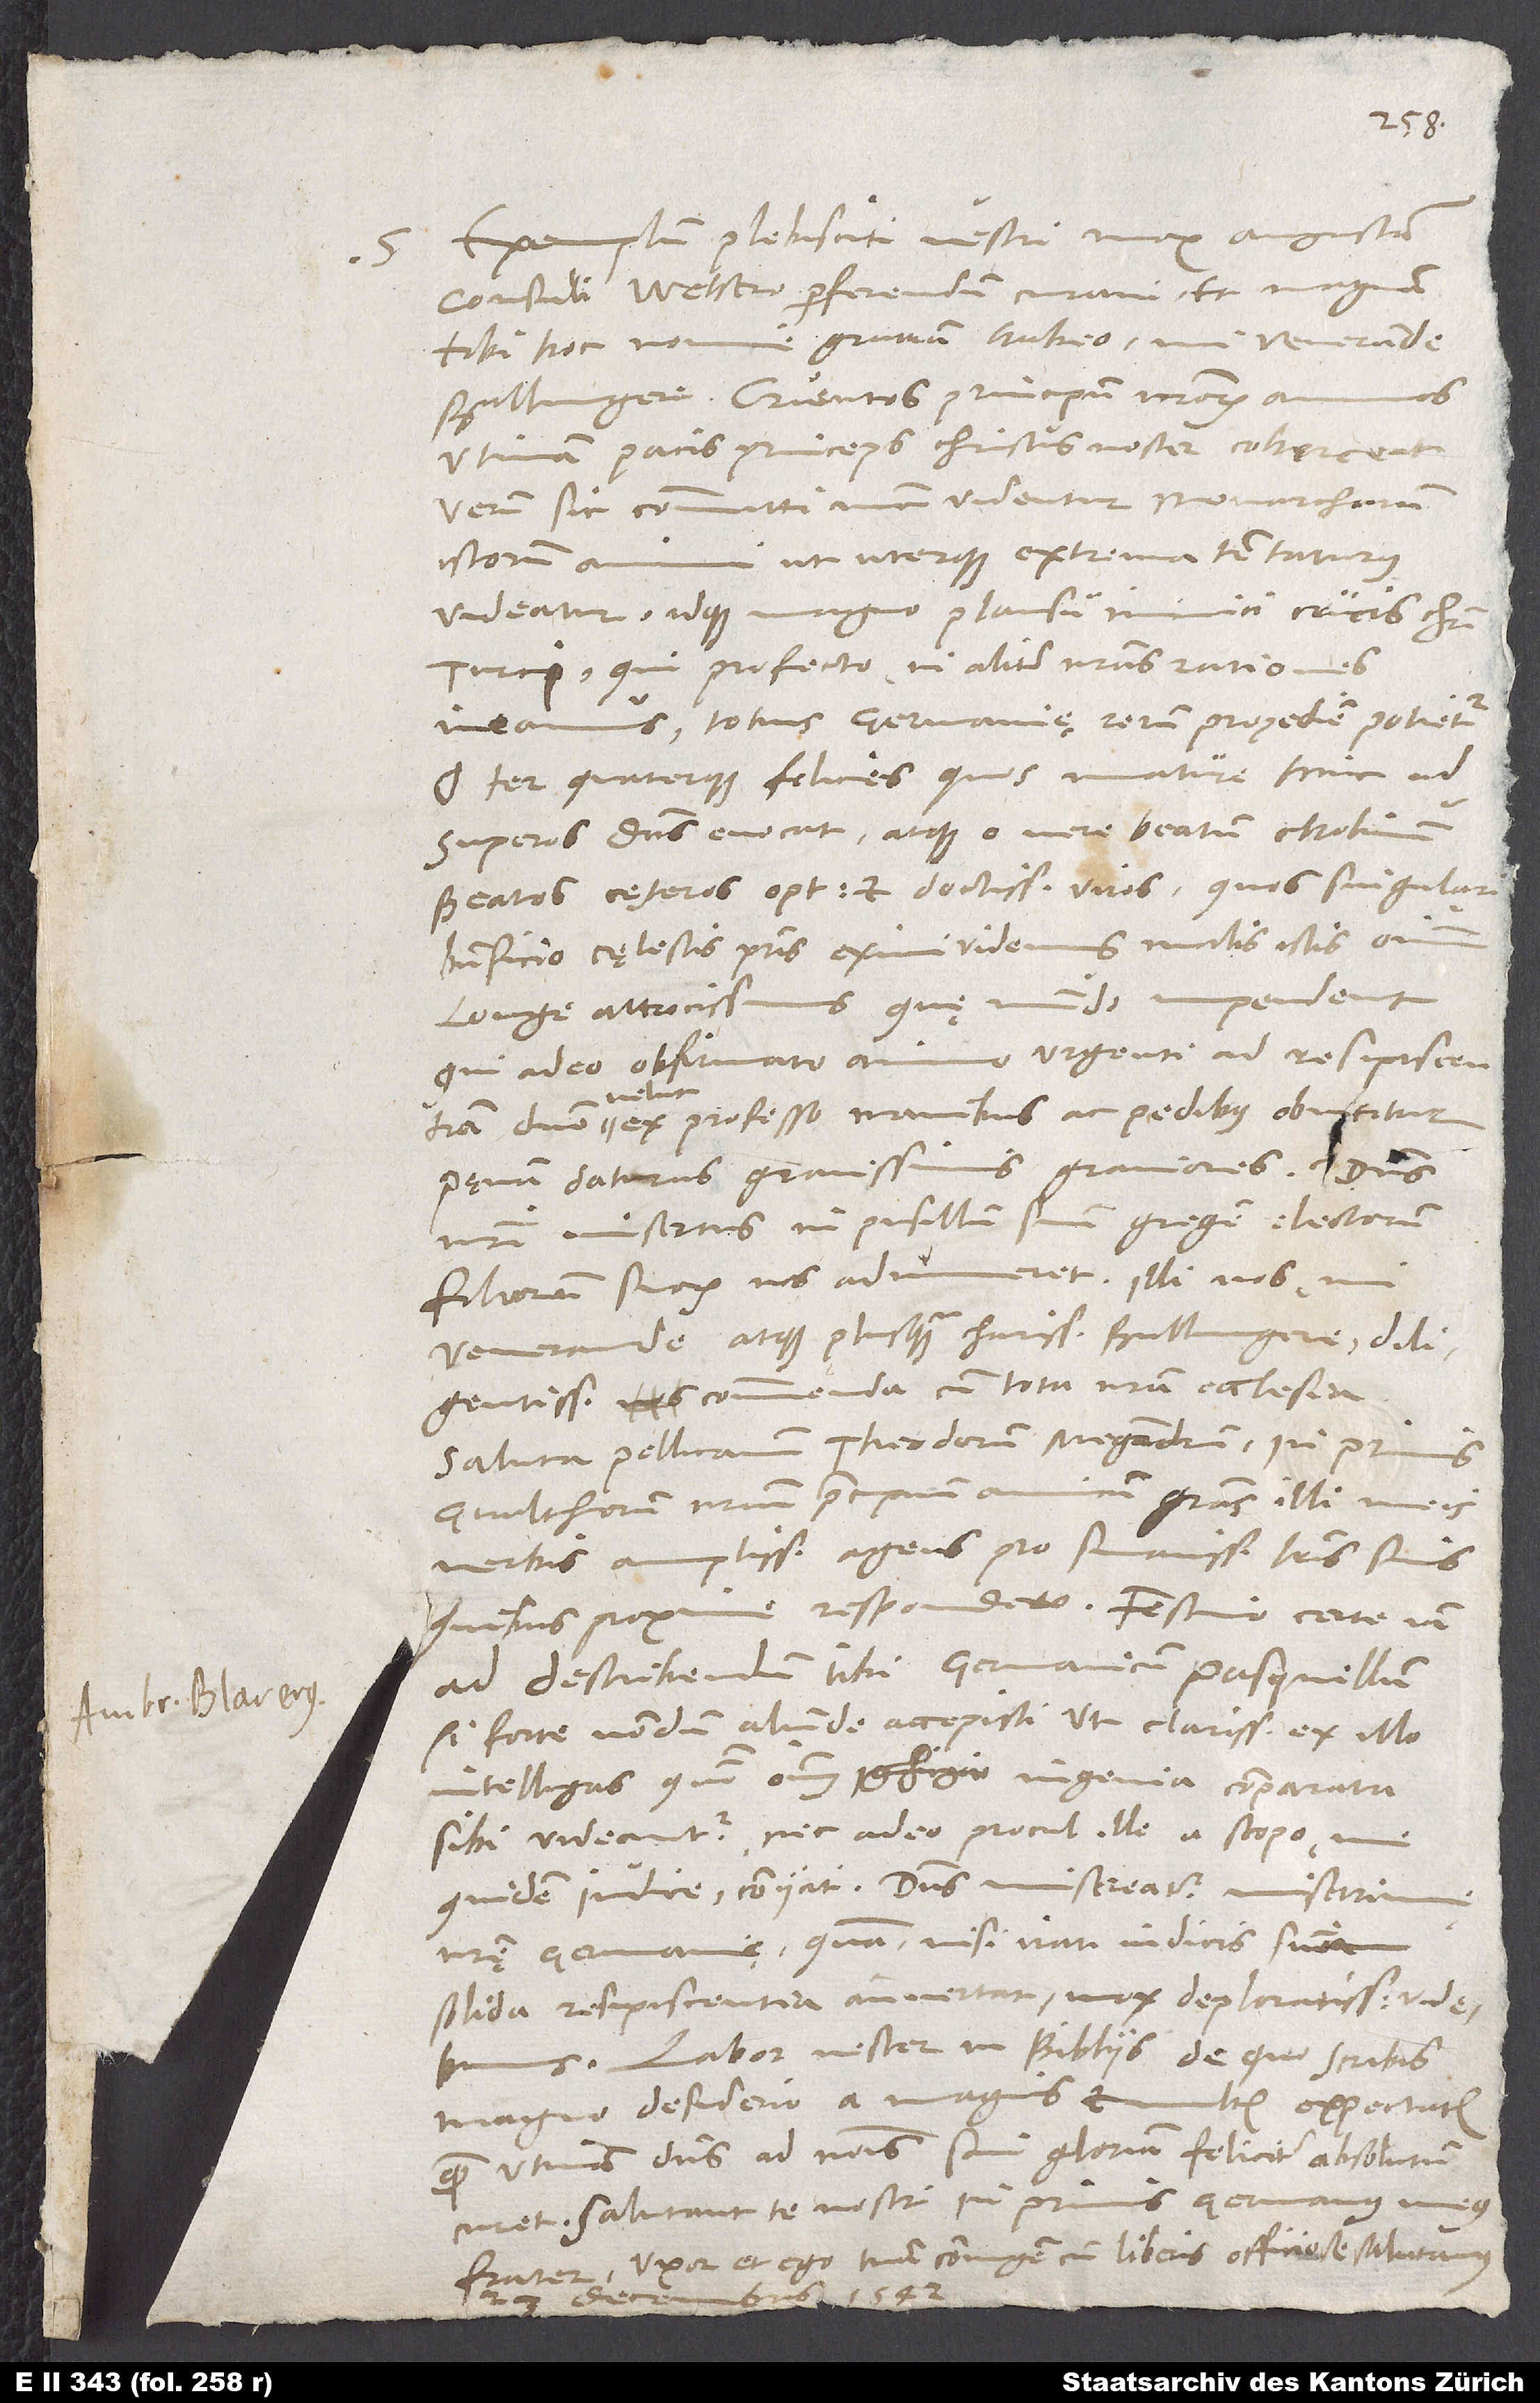
S.

Exemplum plebisciti vestri mox Augustam
consuli Welsero perferendum curavi et magnam
tibi hoc nomine gratiam habeo, mi venerande
utinam pacis princeps Christus noster coherceat!
Verum sic committi nunc videntur monarcharum
istorum animi, ut uterque extrema tentaturus
videatur idque magno plausu inimici crucis Christi,
Turci, qui profecto, ni aliter nostras rationes
ineamus, totius Germanię rerum propediem potietur.
O ter quaterque felices, quos mature hinc ad
superos dominus evocat, atque o vere beatum Cholinum,
beatos cęteros optimos et doctissimos viros, quos singulari
beneficio cęlestis patris eximi videmus malis istis omnium
longe atrocissimis, quę mundo impendent,
qui adeo obfirmato animo urgenti ad resipiscentiam
domino velut ex professo manibus ac pedibus obnititur
pęnam daturus gravissimis graviores. Dominus
nostri misertus in pusillum suum gregem electorum
filiorum suorum nos adnumeret! Illi nos, mi
venerande atque plusquam charissime Bullingere, diligentissime
commenda cum tota nostra ecclesia.
Saluta Pellicanum, Theodorum, Megandrum, in primis
Gvaltherum, nostrum praecipuum amicum, gratias illi meis
verbis amplissimas agens pro suavissimis literis suis,
ad describendum tibi Germanicum pasquillum,
si forte nondum aliunde accepisti, ut clarissime ex illo
intelligas, quomodo omnibus ingenia comparata
sibi videantur. Nec adeo procul ille a scopo me
quidem iudice coniicit. Dominus misereatur miserrimę
nostrę Germanię, quam, nisi irati iudicis sententiam
solida resipiscentia antevertat, mox deploratissimam videbimus.
Labor vester in Bibliis, de quo scribis,
magno desiderio a magnis et multis expectatur,
quem utinam dominus ad nominis sui gloriam feliciter absolutum
Salutant te nostri, in primis germanus meus
frater; uxor et ego tuam coniugem cum liberis officiose salutamus.
1542.